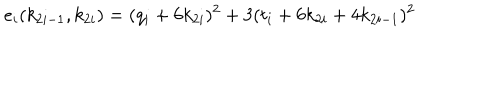
e _ { i } ( k _ { 2 i - 1 } , k _ { 2 i } ) = ( q _ { i } + 6 k _ { 2 i } ) ^ { 2 } + 3 ( t _ { i } + 6 k _ { 2 i } + 4 k _ { 2 i - 1 } ) ^ { 2 }